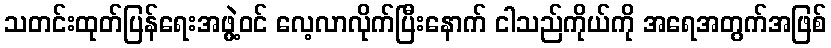
သတင်းထုတ်ပြန်ရေးအဖွဲ့ဝင် လေ့လာလိုက်ပြီးနောက် ငါသည်ကိုယ်ကို အရေအတွက်အဖြစ်